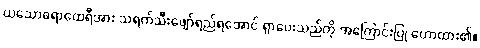
ယသောဓရာထေရီအား သရက်သီးဖျော်ရည်ရအောင် ရှာပေးသည်ကို အကြောင်းပြု ဟောထား၏။